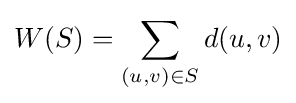
W(S)=\sum _{(u,v)\in S}d(u,v)